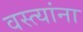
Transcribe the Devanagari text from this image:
वस्त्यांना